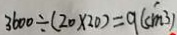
3 6 0 0 \div ( 2 0 \times 2 0 ) = 9 ( c m ^ { 3 } )